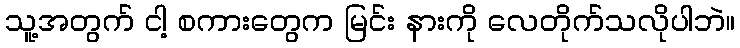
သူ့အတွက် ငါ့ စကားတွေက မြင်း နားကို လေတိုက်သလိုပါဘဲ။